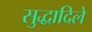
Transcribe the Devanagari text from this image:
सुद्धादिले